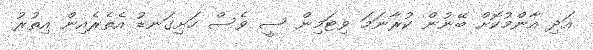
އަދި އާންމުކޮށް ބޭނުން ކުރާނަމަ ވިޓަމިން ސީ ވެސް ހަށިގަނޑު އެތެރެއިން އިތުރު